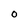
Character: 0